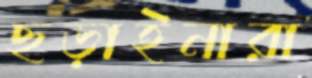
ছড়াইনারা